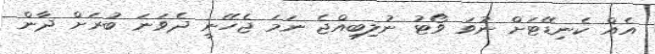
އެއް ކެނިޑޭޓަށް ނުވަ ވޯޓު ނުލިބިއްޖެ ނަމަ ޖެހޭނީ ދެވަނަ ބުރަށް ދާން